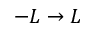
- L \to L